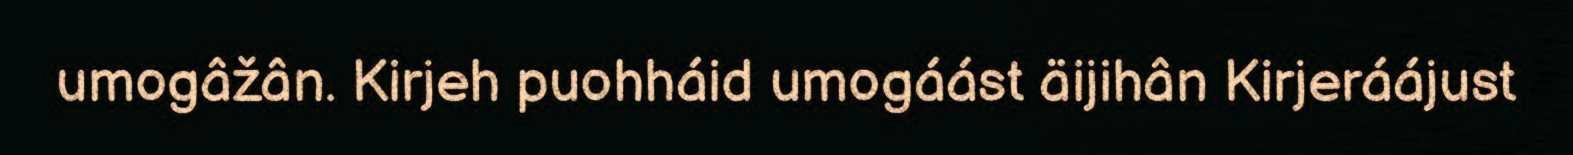
umogâžân. Kirjeh puohháid umogáást äijihân Kirjeráájust